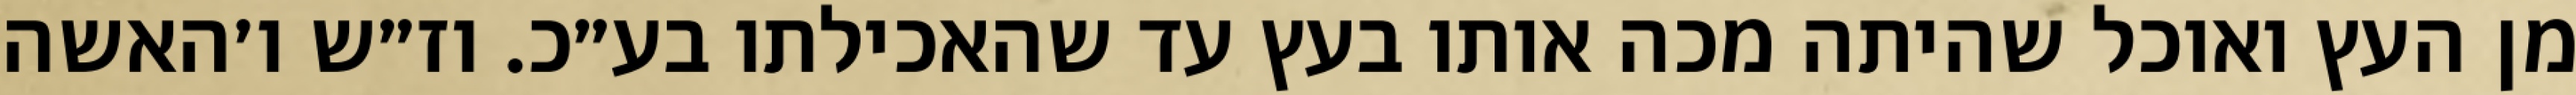
מן העץ ואוכל שהיתה מכה אותו בעץ עד שהאכילתו בע״כ. וז״ש ו׳האשה